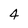
Character: 4